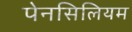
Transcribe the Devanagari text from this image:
पेनसिलियम